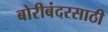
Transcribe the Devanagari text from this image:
बोरीबंदरसाठी